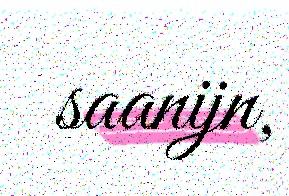
saanijn,